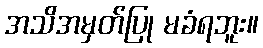
အသိအမှတ်ပြု မခံရဘူး။